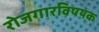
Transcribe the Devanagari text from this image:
रोजगारविषयक